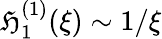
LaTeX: {\mathfrak{H}_{1}^{(1)}(\xi)\sim1/\xi}